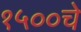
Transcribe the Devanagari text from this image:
१५००चे